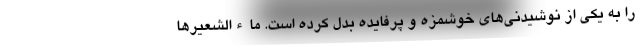
را به یکی از نوشیدنی‌های خوشمزه و پرفایده بدل کرده است. ماءالشعیرها